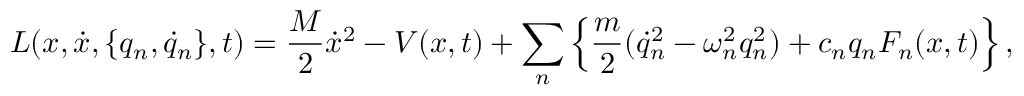
L ( x , \dot { x } , \{ q _ { n } , \dot { q } _ { n } \} , t ) = \frac { M } { 2 } \dot { x } ^ { 2 } - V ( x , t ) + \sum _ { n } \left\{ \frac { m } { 2 } ( \dot { q } _ { n } ^ { 2 } - \omega _ { n } ^ { 2 } q _ { n } ^ { 2 } ) + c _ { n } q _ { n } F _ { n } ( x , t ) \right\} ,